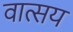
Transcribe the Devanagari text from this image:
वात्सय